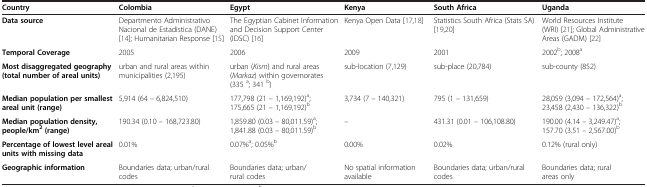
<table><thead><tr><td><b>Country</b></td><td><b>Colombia</b></td><td><b>Egypt</b></td><td><b>Kenya</b></td><td><b>South Africa</b></td><td><b>Uganda</b></td></tr></thead><tbody><tr><td><b>Data source</b></td><td>Departmento Administrativo Nacional de Estadistica (DANE) [14]; Humanitarian Response [15]</td><td>The Egyptian Cabinet Information and Decision Support Center (IDSC) [16]</td><td>Kenya Open Data [17,18]</td><td>Statistics South Africa (Stats SA) [19,20]</td><td>World Resources Institute (WRI) [21]; Global Administrative Areas (GADM) [22]</td></tr><tr><td><b>Temporal Coverage</b></td><td>2005</td><td>2006</td><td>2009</td><td>2001</td><td>2002<sup>b</sup>; 2008<sup>a</sup></td></tr><tr><td><b>Most disaggregated geography (total number of areal units)</b></td><td>urban and rural areas within municipalities (2,195)</td><td>urban (<i>Kism</i>) and rural areas (<i>Markaz</i>) within governorates (335 <sup>a</sup>; 341 <sup>b</sup>)</td><td>sub-location (7,129)</td><td>sub-place (20,784)</td><td>sub-county (852)</td></tr><tr><td><b>Median population per smallest areal unit (range)</b></td><td>5,914 (64 – 6,824,510)</td><td>177,798 (21 – 1,169,192)<sup>a</sup>; 175,665 (21 – 1,169,192)<sup>b</sup></td><td>3,734 (7 – 140,321)</td><td>795 (1 – 131,659)</td><td>28,059 (3,094 – 172,564)<sup>a</sup>; 23,458 (2,430 – 136,322)<sup>b</sup></td></tr><tr><td><b>Median population density, people/km</b><sup><b>2</b></sup><b>(range)</b></td><td>190.34 (0.10 – 168,723.80)</td><td>1,859.80 (0.03 – 80,011.59)<sup>a</sup>; 1,841.88 (0.03 – 80,011.59)<sup>b</sup></td><td>--</td><td>431.31 (0.01 – 106,108.80)</td><td>190.00 (4.14 – 3,249.47)<sup>a</sup>; 157.70 (3.51 – 2,567.00)<sup>b</sup></td></tr><tr><td><b>Percentage of lowest level areal units with missing data</b></td><td>0.01%</td><td>0.07%<sup>a</sup>; 0.05%<sup>b</sup></td><td>0.00%</td><td>0.02%</td><td>0.12% (rural only)</td></tr><tr><td><b>Geographic information</b></td><td>Boundaries data; urban/rural codes</td><td>Boundaries data; urban/rural codes</td><td>No spatial information available</td><td>Boundaries data; urban/rural codes</td><td>Boundaries data; rural areas only</td></tr></tbody></table>